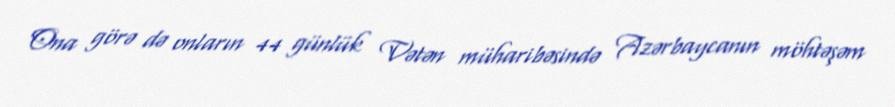
Ona görə də onların 44 günlük Vətən müharibəsində Azərbaycanın möhtəşəm